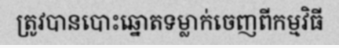
ត្រូវបានបោះឆ្នោតទម្លាក់ចេញពីកម្មវិធី